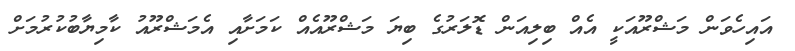
އައިހެވަން މަޝްރޫއަކީ އެއް ބިލިއަން ޑޮލަރުގެ ބިޔަ މަޝްރޫއެއް ކަމަށާއި އެމަޝްރޫއު ކާމިޔާބުކުރުމަށް